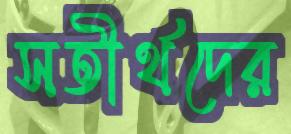
সতীর্থদের